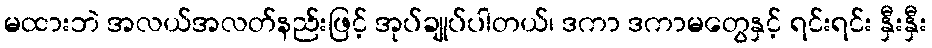
မထားဘဲ အလယ်အလတ်နည်းဖြင့် အုပ်ချုပ်ပါတယ်၊ ဒကာ ဒကာမတွေနှင့် ရင်းရင်း နှီးနှီး